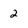
Character: 2